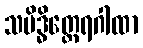
သမိဒ္ဓိတ္ထေရဂါထာ